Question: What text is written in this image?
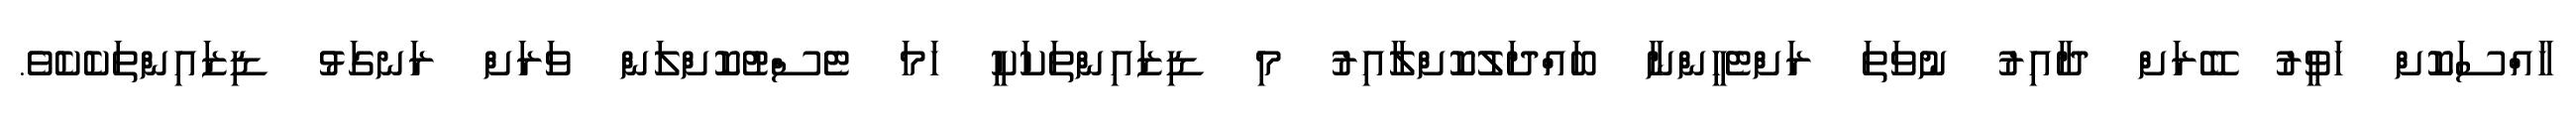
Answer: ހާއްސަކޮށް ހަވީރު ބޭރަށް ދާއިރު ނުވަތަ ރަށްޓެހީންނާ ބައްދަލުކޮށްލާއިރު މި ޑިޒައިންތަކަކީ ހަމަ ޓެސްޓުކޮށްލަން ވަރަށް ރަނގަޅު ޑިޒައިންތަކެކެވެ.